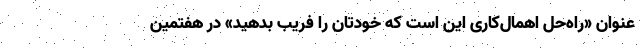
عنوان «راه‌حل اهمال‌کاری این است که خودتان را فریب بدهید» در هفتمین